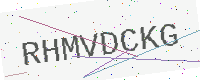
Text: RHMVDCKG